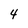
Character: 4